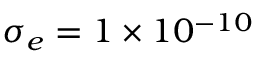
\sigma _ { e } = 1 \times 1 0 ^ { - 1 0 }